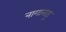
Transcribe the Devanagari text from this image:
नागानाडु